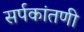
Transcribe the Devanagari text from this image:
सर्पकांतणी